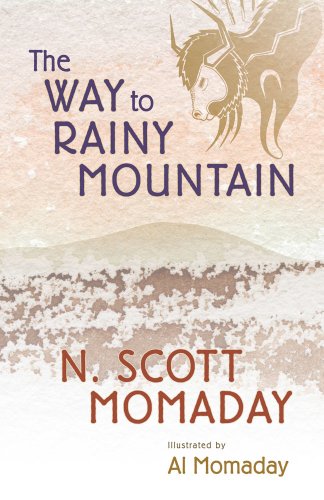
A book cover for The Way to Rainy Mountain; N. Scott Momaday; Literature & Fiction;